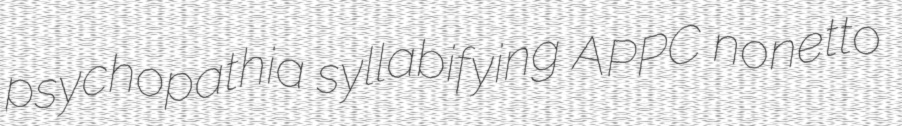
psychopathia syllabifying APPC nonetto